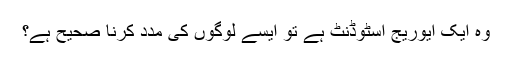
وہ ایک ایوریج اسٹوڈنٹ ہے تو ایسے لوگوں کی مدد کرنا صحیح ہے؟